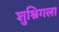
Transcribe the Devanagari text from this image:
शुश्निगला